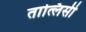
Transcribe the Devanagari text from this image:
तात्लिसी